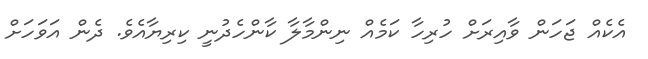
އެކެއް ޖަހަން ވާއިރަށް ހުރިހާ ކަމެއް ނިންމާލާ ކާންހެދުނީ ކިރިޔާއެވެ. ދެން އަވަހަށް